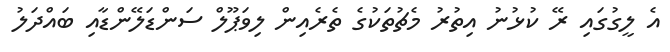
އެ ލީގުގައި ރޭ ކުޅުނު އިތުރު މެޗުތަކުގެ ތެރެއިން ލިވަޕޫލް ސަންޑަލޭންޑާއި ބައްދަލު